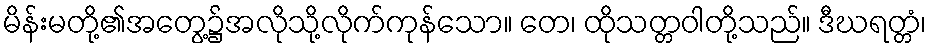
မိန်းမတို့၏အတွေ့၌အလိုသို့လိုက်ကုန်သော။ တေ၊ ထိုသတ္တဝါတို့သည်။ ဒီဃရတ္တံ၊